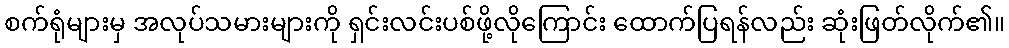
စက်ရုံများမှ အလုပ်သမားများကို ရှင်းလင်းပစ်ဖို့လိုကြောင်း ထောက်ပြရန်လည်း ဆုံးဖြတ်လိုက်၏။